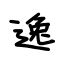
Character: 逸